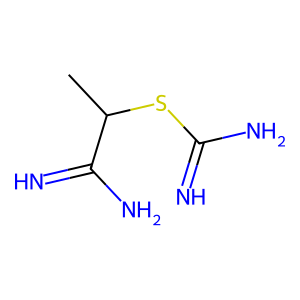
SMILES: CC(SC(=N)N)C(=N)N
Inhibits HIV replication: No